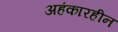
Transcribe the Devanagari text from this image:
अहंकारहीन